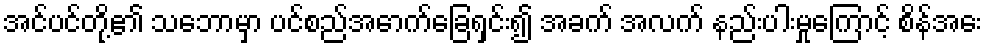
အင်ပင်တို့၏ သဘောမှာ ပင်စည်အောက်ခြေရှင်း၍ အခက် အလက် နည်းပါးမှုကြောင့် စိန်အေး